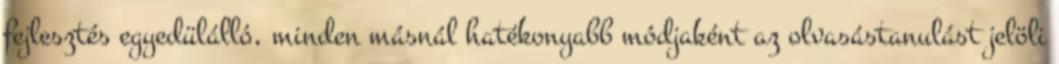
fejlesztés egyedülálló, minden másnál hatékonyabb módjaként az olvasástanulást jelöli